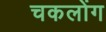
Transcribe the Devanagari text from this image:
चकलोंग